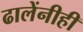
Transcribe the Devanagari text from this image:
ढालेंनीही